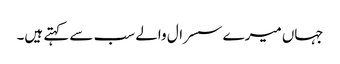
جہاں میرے سسرال والے سب سے کہتے ہیں۔